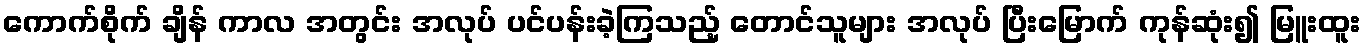
ကောက်စိုက် ချိန် ကာလ အတွင်း အလုပ် ပင်ပန်းခဲ့ကြသည့် တောင်သူများ အလုပ် ပြီးမြောက် ကုန်ဆုံး၍ မြူးထူး